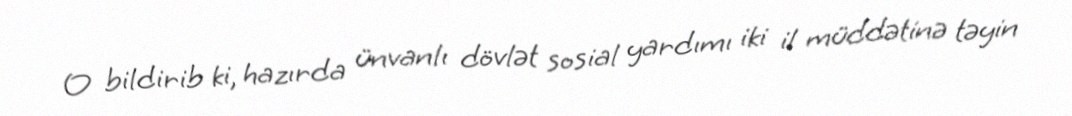
O bildirib ki, hazırda ünvanlı dövlət sosial yardımı iki il müddətinə təyin